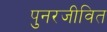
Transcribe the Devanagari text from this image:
पुनरजीवित